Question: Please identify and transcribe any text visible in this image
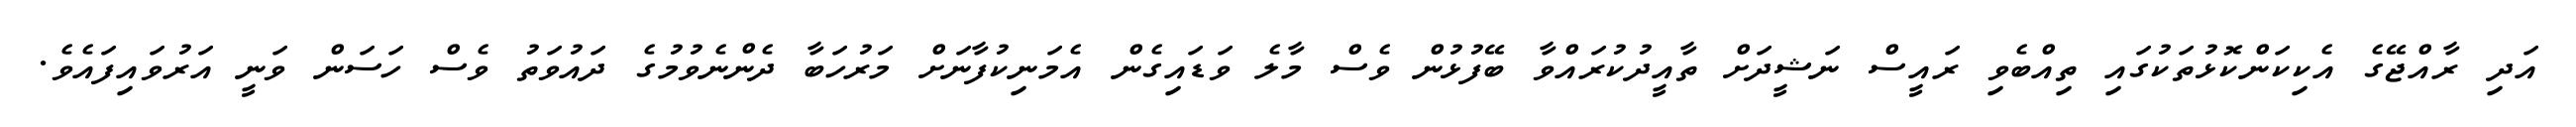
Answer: އަދި ރާއްޖޭގެ އެކިކަންކޮޅުތަކުގައި ތިއްބެވި ރައީސް ނަޝީދަށް ތާއީދުކުރައްވާ ބޭފުޅުން ވެސް މާލެ ވަޑައިގެން އެމަނިކުފާނަށް މަރުހަބާ ދެންނެވުމުގެ ދައުވަތު ވެސް ހަސަން ވަނީ އަރުވައިފައެވެ.